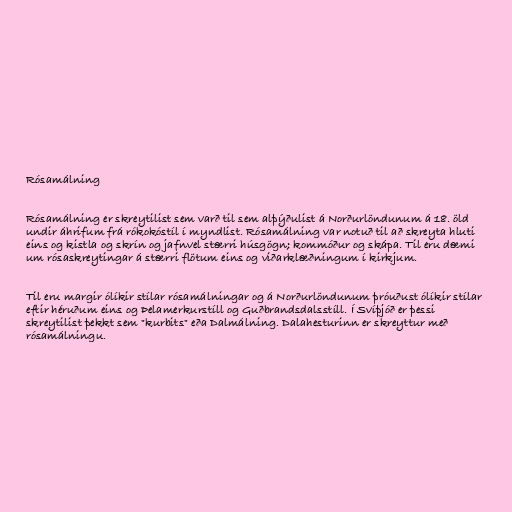
Rósamálning

Rósamálning er skreytilist sem varð til sem alþýðulist á Norðurlöndunum á 18. öld
undir áhrifum frá rókokóstíl í myndlist. Rósamálning var notuð til að skreyta hluti
eins og kistla og skrín og jafnvel stærri húsgögn; kommóður og skápa. Til eru dæmi
um rósaskreytingar á stærri flötum eins og viðarklæðningum í kirkjum.

Til eru margir ólíkir stílar rósamálningar og á Norðurlöndunum þróuðust ólíkir stílar
eftir héruðum eins og Þelamerkurstíll og Guðbrandsdalsstíll. Í Svíþjóð er þessi
skreytilist þekkt sem "kurbits" eða Dalmálning. Dalahesturinn er skreyttur með
rósamálningu.